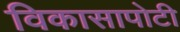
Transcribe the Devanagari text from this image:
विकासापोटी